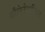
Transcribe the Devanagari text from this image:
काँबिनेटोरियल